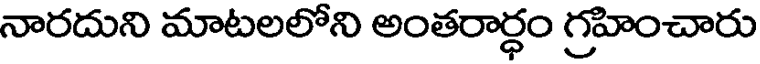
నారదుని మాటలలోని అంతరార్ధం గ్రహించారు